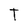
Character: T